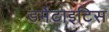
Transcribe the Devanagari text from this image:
डर्मेटाइटिस